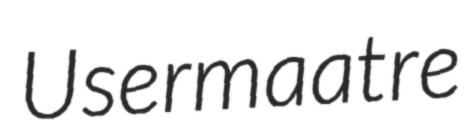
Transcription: Usermaatre